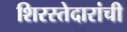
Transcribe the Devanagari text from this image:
शिरस्तेदारांची